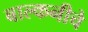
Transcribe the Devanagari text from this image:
बाल्कनीचे